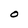
Character: O